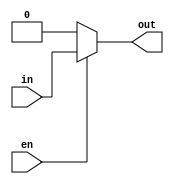
`timescale 1ns / 1ps

module mux2x1_1bit(in,en,out);

input in,en;
output out;

assign out = (en==1) ? in : 1'b0;

endmodule